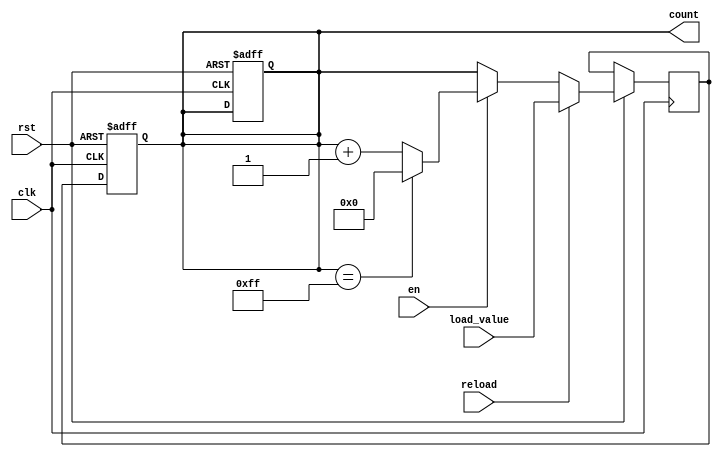
module ModuloN_Up_Counter 
( 
 input wire clk, // Clock input 
 input wire rst, // Reset input 
 input wire en, // Enable input 
 input wire reload, // Reload input 
 input wire [7:0] load_value, // Value to load into counter 
 output reg [7:0] count // Counter output 
); 
 
 parameter N = 256; // Parameter for counter size 
 reg [7:0] next_count; // Next count value 
 
 // Synchronous logic for counting 
 always @(posedge clk or negedge rst) begin 
 if (!rst) begin 
 count <= 8'h00; 
 end else begin 
 if (reload) begin 
 next_count <= load_value; 
 end else begin 
 if (en) begin 
 if (count == N-1) begin 
 next_count <= 8'h00; 
 end else begin 
 next_count <= count + 1; 
 end 
 end else begin 
 next_count <= count; 
 end 
 end 
 end 
 end 
 
 // Asynchronous reset 
 always @(posedge clk or negedge rst) begin 
 if (!rst) begin 
 count <= 8'h00; 
 end else begin 
 count <= next_count; 
 end 
 end 
 
endmodule